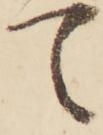
て